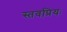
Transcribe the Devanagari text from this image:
स्तवप्रियः